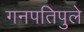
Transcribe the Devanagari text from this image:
गनपतिपुले